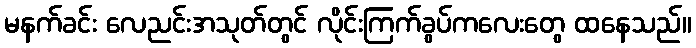
မနက်ခင်း လေညင်းအသုတ်တွင် လိုင်းကြက်ခွပ်ကလေးတွေ ထနေသည်။